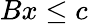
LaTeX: Bx\leq c